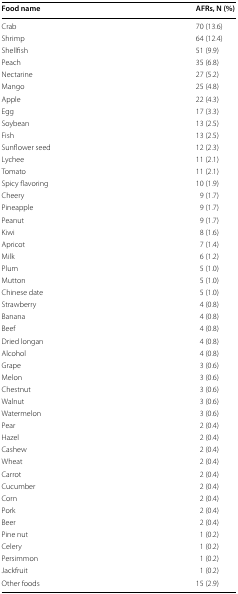
<table><thead><tr><td><b>Food name</b></td><td><b>AFRs, N (%)</b></td></tr></thead><tbody><tr><td>Crab</td><td>70 (13.6)</td></tr><tr><td>Shrimp</td><td>64 (12.4)</td></tr><tr><td>Shellfish</td><td>51 (9.9)</td></tr><tr><td>Peach</td><td>35 (6.8)</td></tr><tr><td>Nectarine</td><td>27 (5.2)</td></tr><tr><td>Mango</td><td>25 (4.8)</td></tr><tr><td>Apple</td><td>22 (4.3)</td></tr><tr><td>Egg</td><td>17 (3.3)</td></tr><tr><td>Soybean</td><td>13 (2.5)</td></tr><tr><td>Fish</td><td>13 (2.5)</td></tr><tr><td>Sunflower seed</td><td>12 (2.3)</td></tr><tr><td>Lychee</td><td>11 (2.1)</td></tr><tr><td>Tomato</td><td>11 (2.1)</td></tr><tr><td>Spicy flavoring</td><td>10 (1.9)</td></tr><tr><td>Cheery</td><td>9 (1.7)</td></tr><tr><td>Pineapple</td><td>9 (1.7)</td></tr><tr><td>Peanut</td><td>9 (1.7)</td></tr><tr><td>Kiwi</td><td>8 (1.6)</td></tr><tr><td>Apricot</td><td>7 (1.4)</td></tr><tr><td>Milk</td><td>6 (1.2)</td></tr><tr><td>Plum</td><td>5 (1.0)</td></tr><tr><td>Mutton</td><td>5 (1.0)</td></tr><tr><td>Chinese date</td><td>5 (1.0)</td></tr><tr><td>Strawberry</td><td>4 (0.8)</td></tr><tr><td>Banana</td><td>4 (0.8)</td></tr><tr><td>Beef</td><td>4 (0.8)</td></tr><tr><td>Dried longan</td><td>4 (0.8)</td></tr><tr><td>Alcohol</td><td>4 (0.8)</td></tr><tr><td>Grape</td><td>3 (0.6)</td></tr><tr><td>Melon</td><td>3 (0.6)</td></tr><tr><td>Chestnut</td><td>3 (0.6)</td></tr><tr><td>Walnut</td><td>3 (0.6)</td></tr><tr><td>Watermelon</td><td>3 (0.6)</td></tr><tr><td>Pear</td><td>2 (0.4)</td></tr><tr><td>Hazel</td><td>2 (0.4)</td></tr><tr><td>Cashew</td><td>2 (0.4)</td></tr><tr><td>Wheat</td><td>2 (0.4)</td></tr><tr><td>Carrot</td><td>2 (0.4)</td></tr><tr><td>Cucumber</td><td>2 (0.4)</td></tr><tr><td>Corn</td><td>2 (0.4)</td></tr><tr><td>Pork</td><td>2 (0.4)</td></tr><tr><td>Beer</td><td>2 (0.4)</td></tr><tr><td>Pine nut</td><td>1 (0.2)</td></tr><tr><td>Celery</td><td>1 (0.2)</td></tr><tr><td>Persimmon</td><td>1 (0.2)</td></tr><tr><td>Jackfruit</td><td>1 (0.2)</td></tr><tr><td>Other foods</td><td>15 (2.9)</td></tr></tbody></table>